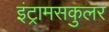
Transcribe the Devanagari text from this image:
इंट्रामसकुलर